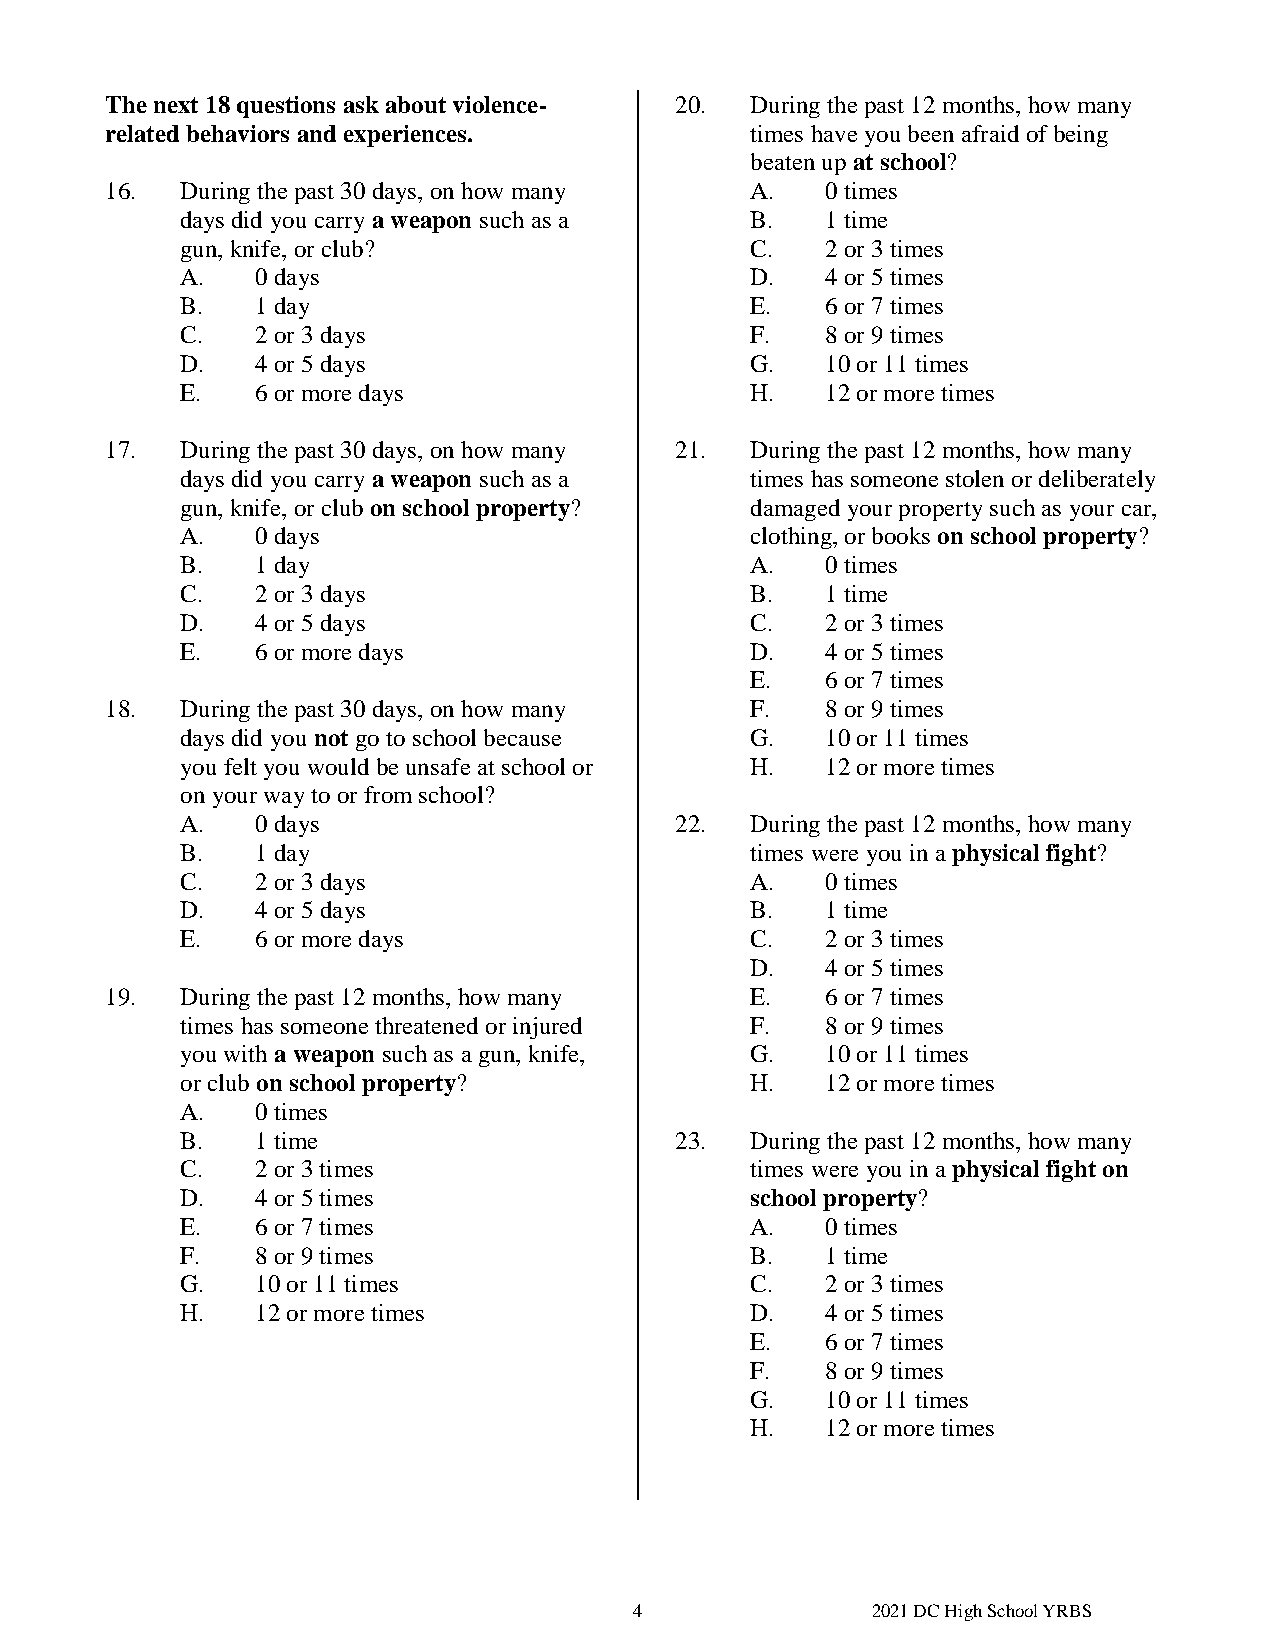
The next 18 questions ask about violence- 20. During the past 12 months, how many
 related behaviors and experiences.         times have you been afraid of being
 beaten up at school?
 16.  During the past 30 days, on how many  A.   0 times
 days did you carry a weapon such as a B.   1 time
 gun, knife, or club?                  C.   2 or 3 times
 A.   0 days                           D.   4 or 5 times
 B.   1 day                            E.   6 or 7 times
 C.   2 or 3 days                      F.   8 or 9 times
 D.   4 or 5 days                      G.   10 or 11 times
 E.   6 or more days                   H.   12 or more times
 17.  During the past 30 days, on how many 21. During the past 12 months, how many
 days did you carry a weapon such as a times has someone stolen or deliberately
 gun, knife, or club on school property? damaged your property such as your car,
 A.   0 days                           clothing, or books on school property?
 B.   1 day                            A.   0 times
 C.   2 or 3 days                      B.   1 time
 D.   4 or 5 days                      C.   2 or 3 times
 E.   6 or more days                   D.   4 or 5 times
 E.   6 or 7 times
 18.  During the past 30 days, on how many  F.   8 or 9 times
 days did you not go to school because G.   10 or 11 times
 you felt you would be unsafe at school or H. 12 or more times
 on your way to or from school?
 A.   0 days                      22.  During the past 12 months, how many
 B.   1 day                            times were you in a physical fight?
 C.   2 or 3 days                      A.   0 times
 D.   4 or 5 days                      B.   1 time
 E.   6 or more days                   C.   2 or 3 times
 D.   4 or 5 times
 19.  During the past 12 months, how many   E.   6 or 7 times
 times has someone threatened or injured F. 8 or 9 times
 you with a weapon such as a gun, knife, G. 10 or 11 times
 or club on school property?           H.   12 or more times
 A.   0 times
 B.   1 time                      23.  During the past 12 months, how many
 C.   2 or 3 times                     times were you in a physical fight on
 D.   4 or 5 times                     school property?
 E.   6 or 7 times                     A.   0 times
 F.   8 or 9 times                     B.   1 time
 G.   10 or 11 times                   C.   2 or 3 times
 H.   12 or more times                 D.   4 or 5 times
 E.   6 or 7 times
 F.   8 or 9 times
 G.   10 or 11 times
 H.   12 or more times
 4               2021 DC High School YRBS